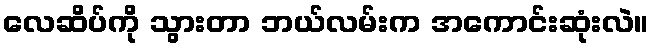
လေဆိပ်ကို သွားတာ ဘယ်လမ်းက အကောင်းဆုံးလဲ။